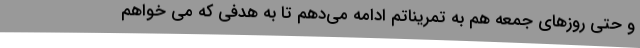
و حتی روزهای جمعه هم به تمریناتم ادامه می‌دهم تا به هدفی که می خواهم